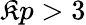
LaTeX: \mathfrak{K}p>3